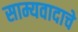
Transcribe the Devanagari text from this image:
साम्यवादाचे